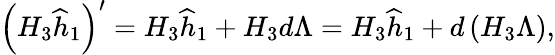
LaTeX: \left(H_{3}\widehat h_{1}\right)^{\prime}=H_{3}\widehat h_{1}+H_{3}d\Lambda=H_{3}\widehat h_{1}+d\left(H_{3}\Lambda\right),